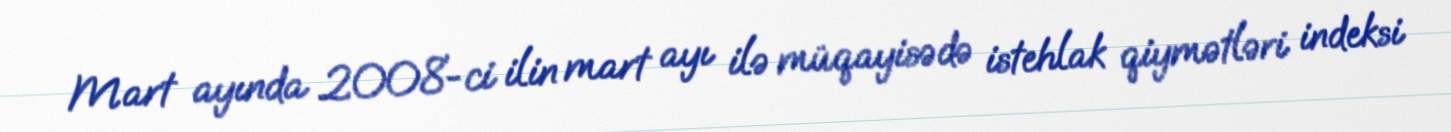
Mart ayında 2008-ci ilin mart ayı ilə müqayisədə istehlak qiymətləri indeksi